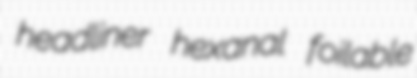
headliner hexanal foilable